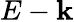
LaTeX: E-\mathbf{k}